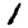
Digit: 1